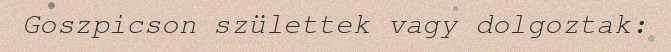
Goszpicson születtek vagy dolgoztak: